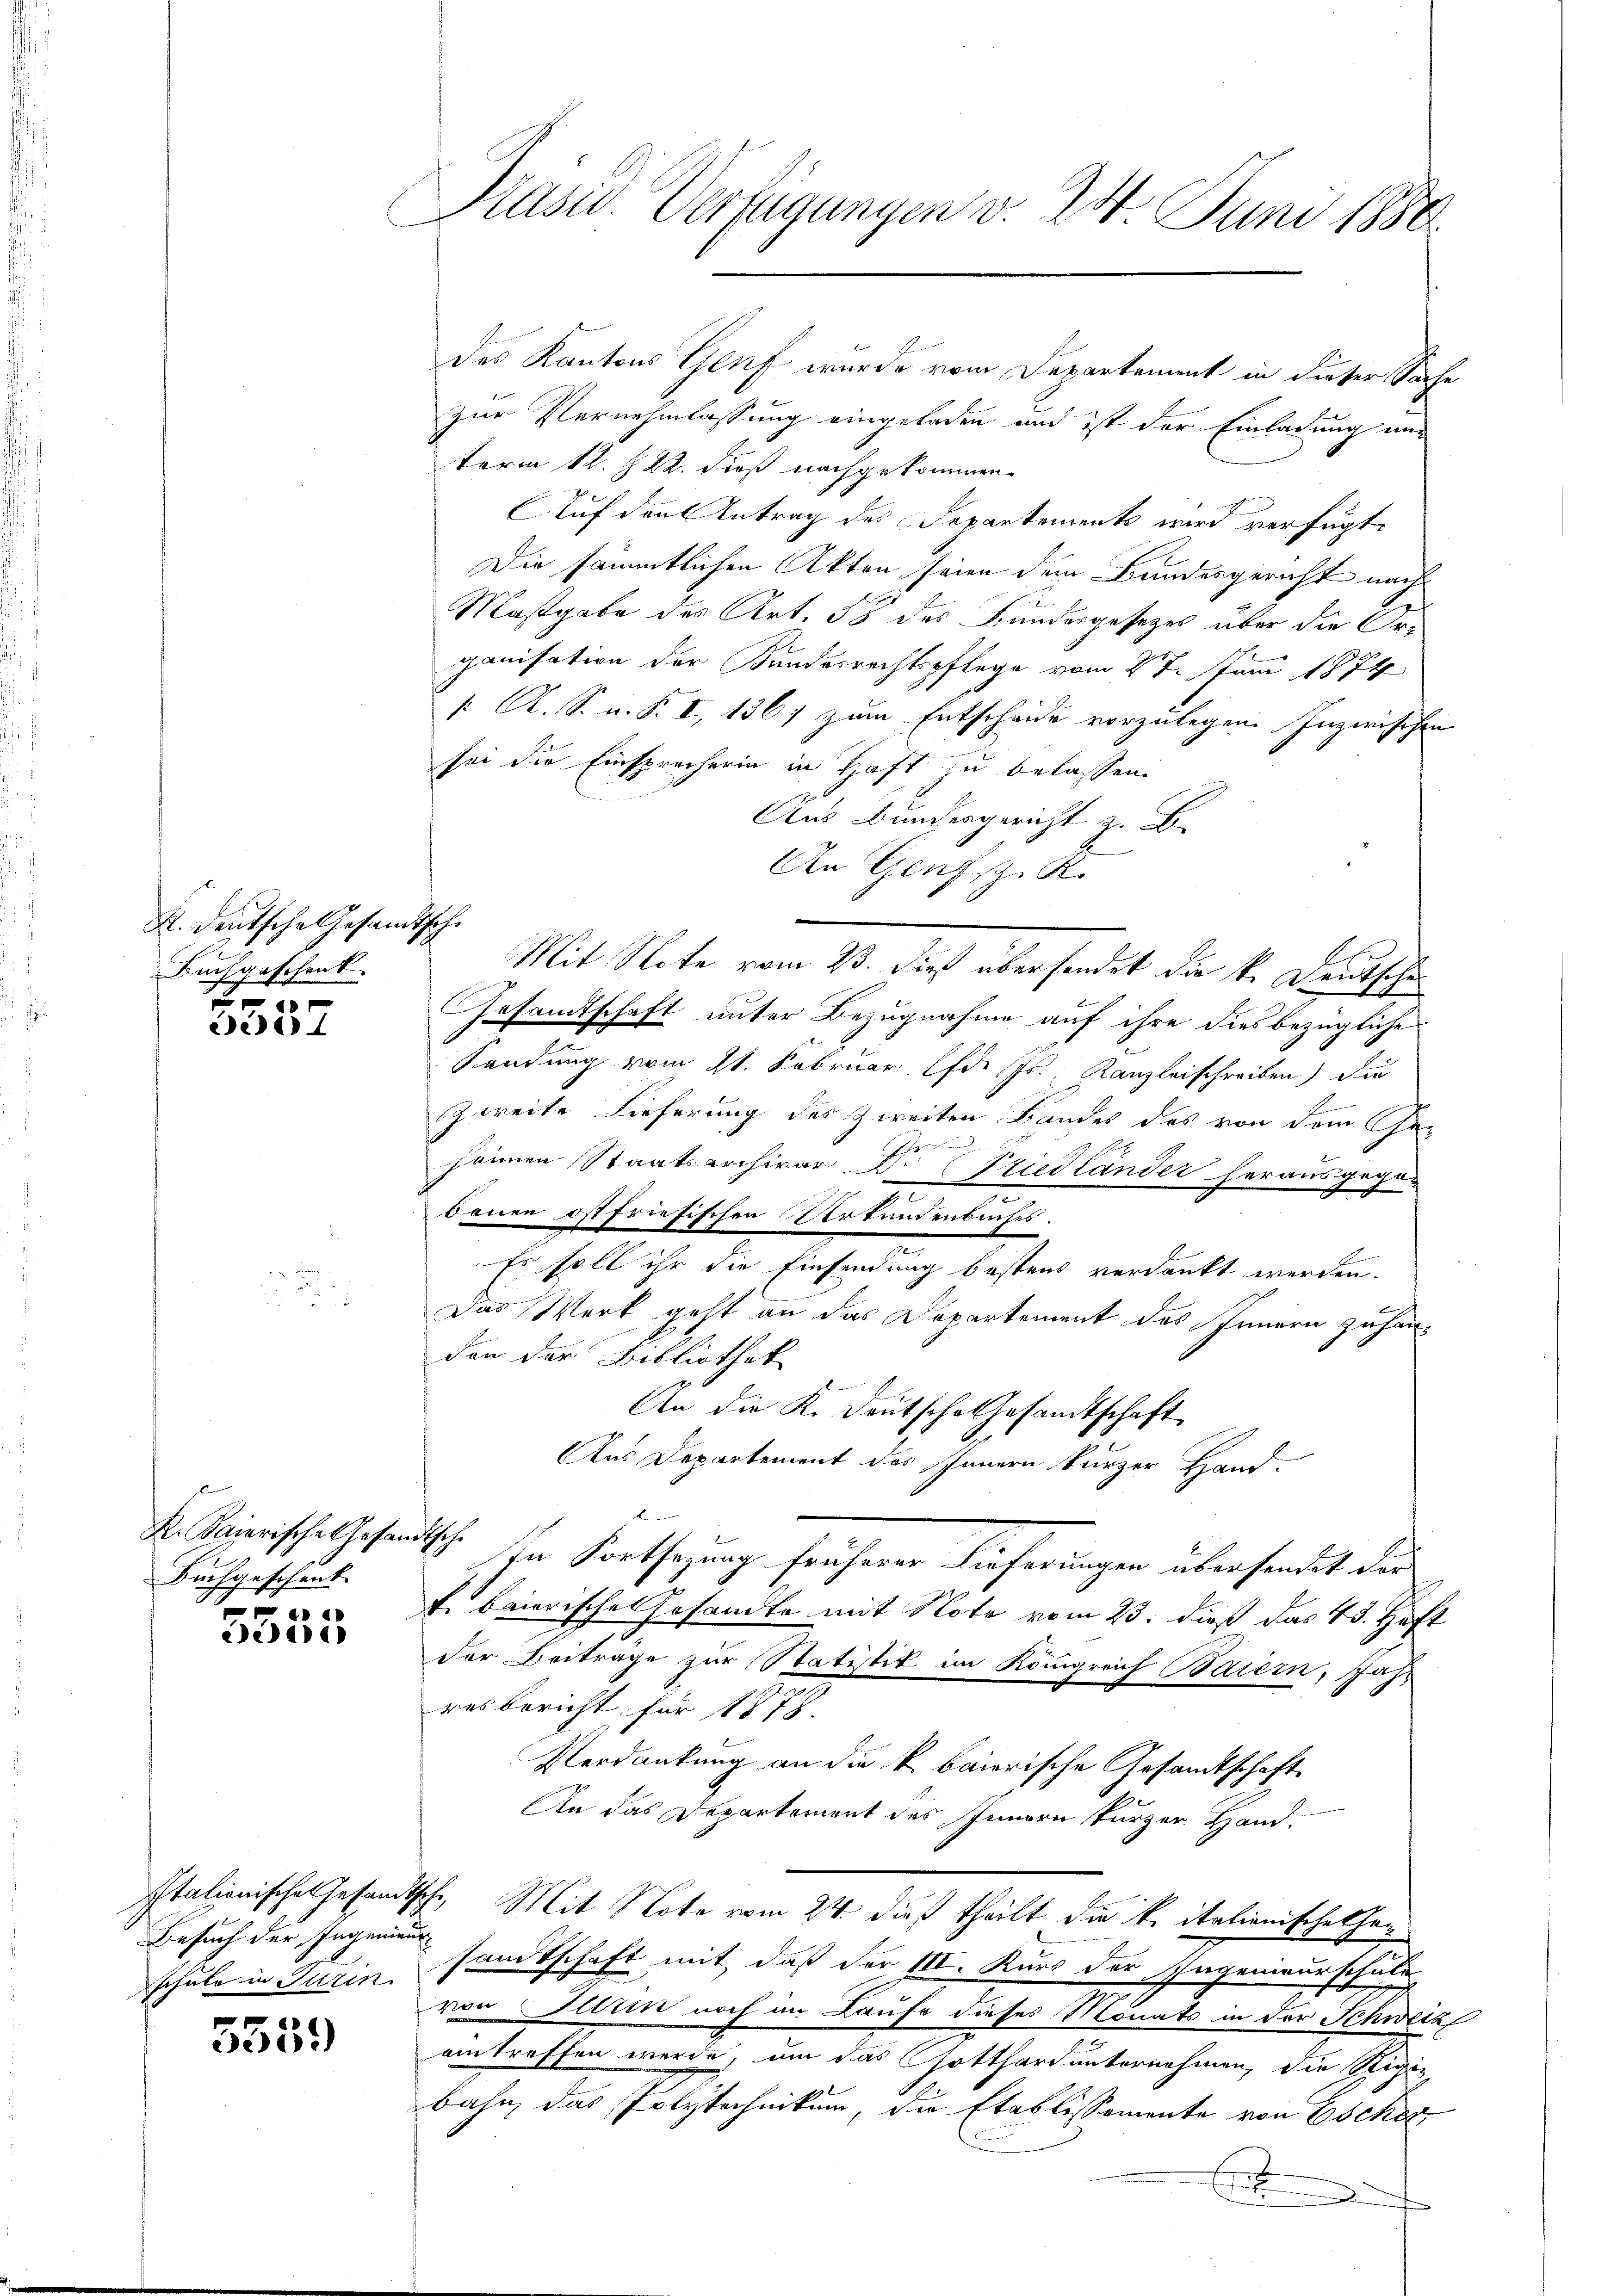
K. Deutsche Gesandtsche
Buchgeschenk.
0

ede)

K. Baierische Gesandtsche
Buchgeschenk
P

e44)

555.

Präsid. Verfügungen v. 24. Juni 1880.

des Kantons Genf wurde vom Departement in dieser Sache
zur Vernehmlassung eingeladen und ist der Einladung ein
term 12. S. 22. dieß nachgekommen.
Auf den Antrag des Separtements wird verfügt:
Die sämmtlichen Akten seien dem Bundesgericht nach¬
Maßgabe des Art. 58 des Bundesgesezes über die Organisation der Kundesrechtspflege vom 27. Juni 1874
 A. S. n. F. I, 1367 zum Entscheide vorzulegen. Inzwischen
sei die Einsprecherin in Haft zu belassen.
Aus Bundesgericht z. B.
An Genf s. R.
Mit Note vom 23. dieß übersendet die k. Deutsche¬
Gesamtschaft unter Bezugnahme auf ihre dies bezügliche
Sendung vom 21. Februar lfd. Js., Kanzleischreiben die
E
zweite Lieferung des zweiten Bandes des von dem Cha-
hainen Staatsarchivar Dr Friedländer herausgege
bauen ist friesischen Verfundenbuches.
Es soll ihr die Einsendung bestens verdankt werden.
Das Werk geht an das Departement des Innern zu handen der Bibliothek
An die K. Deutsche Gesandtschaft
Aus Departement des Innern kurzer Hand-
In Fortsetzung früherer Lieferungen übersendet der
k. baierische Gesandte mit Note vom 23. dieß das 43. Haft
der Beitrage zur Statistik im Königreich Baiern, Jahr
resbericht für 1878.
Verdankung an die k. baierische Gesandtschaft
An das Departement des Innern kurzer Hand-
Italionische Gesandtsche, Mit Note vom 24. dieß theilt die kritationisches hansandtschaft mit, daß der III. Kurs der Schagenieurschul
von Illin noch im Laufe dieses Monats in der Schweiz
amtreffen werde, um das Gotthard unternehmen, die Stigi-
bahn, das Polytechnikum, die Etablissemente von Escher
Enfang
.

Besuch der Inganaus
schule in Turin